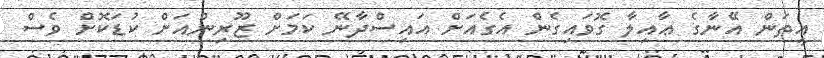
އީތަން އޭނާގެ ޢާއިލާ ގޮވައިގެން އެގެއަށް އައިސްދާނޭ ކަމަށް ޒޫރިންއަށް ކުޑަކޮށް ވެސް